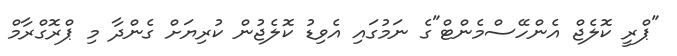
"ޕްރީ ކޮލެޖް އެންހޭސްމެންޓް"ގެ ނަމުގައި އެވިޑު ކޮލެޖުން ކުރިޔަށް ގެންދާ މި ޕްރޮގްރާމް